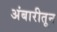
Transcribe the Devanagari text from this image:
अंबारीतून